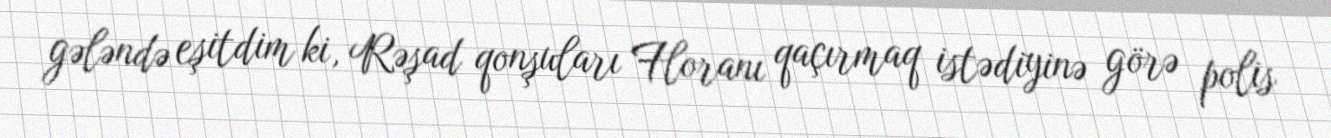
gələndə eşitdim ki, Rəşad qonşuları Floranı qaçırmaq istədiyinə görə polis